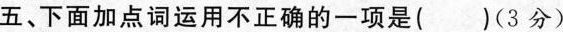
五、下面加点词运用不正确的一项是()(3分)